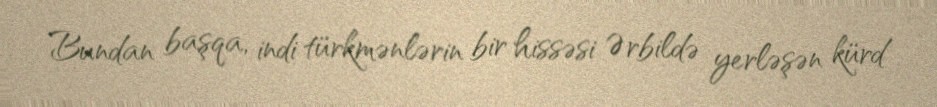
Bundan başqa, indi türkmənlərin bir hissəsi Ərbildə yerləşən kürd